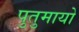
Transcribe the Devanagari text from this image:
पुतुमायो